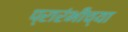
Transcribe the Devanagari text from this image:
प्रारंभीच्‍या